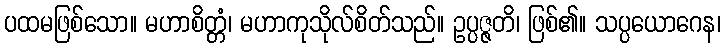
ပထမဖြစ်သော။ မဟာစိတ္တံ၊ မဟာကုသိုလ်စိတ်သည်။ ဥပ္ပဇ္ဇတိ၊ ဖြစ်၏။ သပ္ပယောဂေန၊